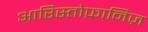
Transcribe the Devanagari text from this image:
आरिस्तोफ़ानिज़